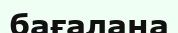
бағалана